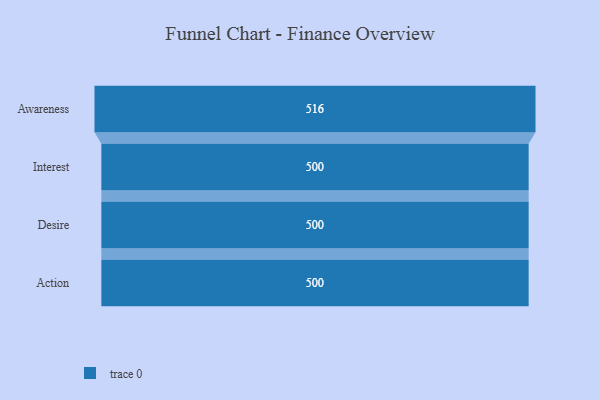
{"axis": {"x": "Stage", "y": "Value"}, "legend": [""], "data": [{"x": "Awareness", "y": 516.0, "type": ""}, {"x": "Interest", "y": 500, "type": ""}, {"x": "Desire", "y": 500, "type": ""}, {"x": "Action", "y": 500, "type": ""}]}